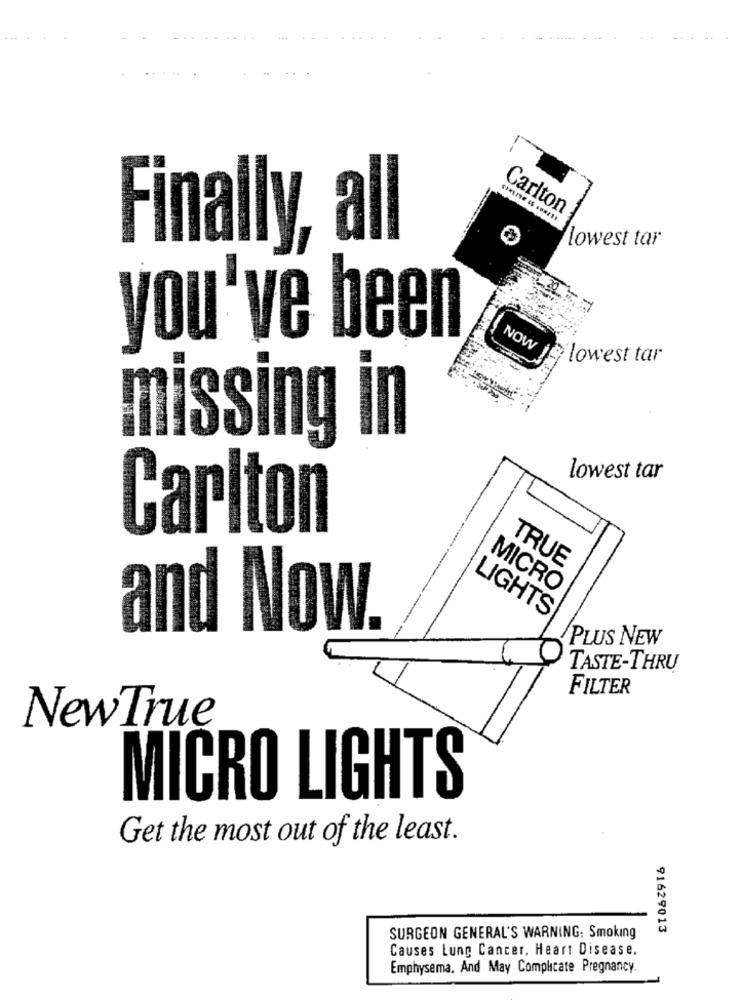
Carlton
....... ......
Finally, all
lowest tar
you've been
NOW
lowest tar
missing in
lowest tar
Carlton
TRUE
MICRO
LIGHTS
and Now.
PLUS NEW
TASTE-THRU
FILTER
NewTrue
MICRO LIGHTS
Get the most out of the least.
91629013
SURGEON GENERAL'S WARNING: Smoking
Causes Lung Cancer, Heart Disease.
Emphysema. And May Complicate Pregnancy.